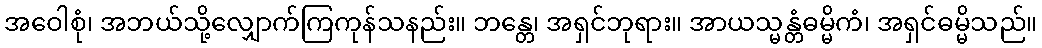
အဝေါစုံ၊ အဘယ်သို့လျှောက်ကြကုန်သနည်း။ ဘန္တေ၊ အရှင်ဘုရား။ အာယသ္မန္တံဓမ္မိကံ၊ အရှင်ဓမ္မိသည်။